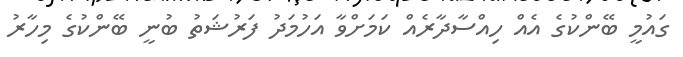
ގައުމީ ބޭންކުގެ އެއް ހިއްސާދާރެއް ކަމަށްވާ އަހުމަދު ފަރުޝަތު ބުނީ ބޭންކުގެ މިހާރު